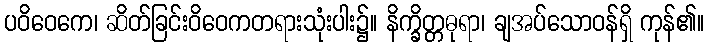
ပဝိဝေကေ၊ ဆိတ်ခြင်းဝိဝေကတရားသုံးပါး၌။ နိက္ခိတ္တဓုရာ၊ ချအပ်သောဝန်ရှိ ကုန်၏။